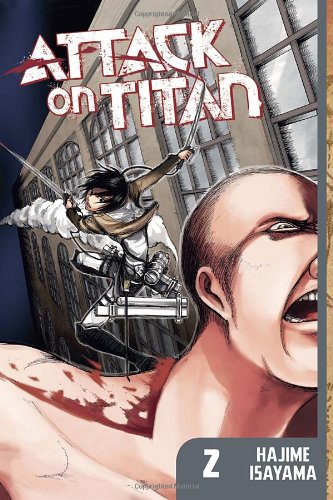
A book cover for Attack on Titan 2; Hajime Isayama; Comics & Graphic Novels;